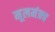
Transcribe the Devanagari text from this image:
मूलमंत्रच